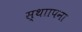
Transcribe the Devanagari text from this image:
स्थाापना